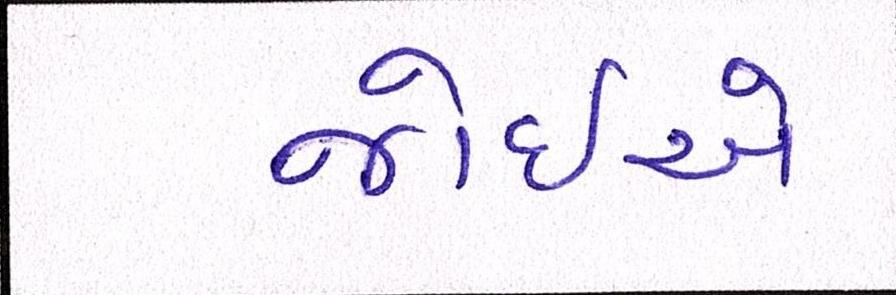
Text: જોઇએ